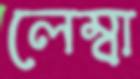
লেম্বা